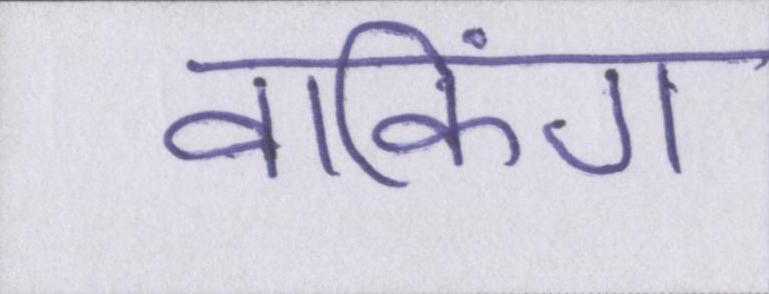
वाकिंग